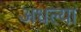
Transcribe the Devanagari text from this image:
अधल्या